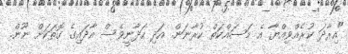
"އިރާދަ ކުރެއްވިއްޔާ އެ މަސައްކަތް ކުރާނަން. އަދި ހަދާނީވެސް އާދައިގެ ގޮތަކަށް ނޫން.